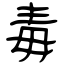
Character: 毒